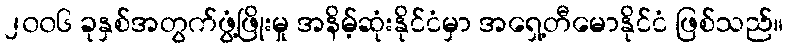
၂၀၀၆ ခုနှစ်အတွက်ဖွံ့ဖြိုးမှု အနိမ့်ဆုံးနိုင်ငံမှာ အရှေ့တီမောနိုင်ငံ ဖြစ်သည်။